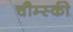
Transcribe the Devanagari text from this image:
चौम्स्की